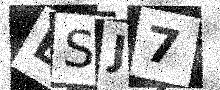
Text: BSJ7